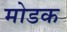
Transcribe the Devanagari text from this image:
माेडक